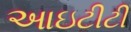
આઇટીટી